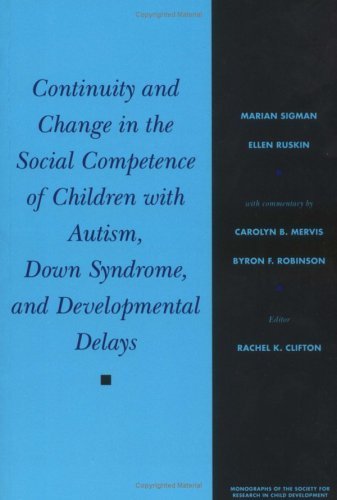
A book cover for Continuity and Change in the Social Competence of Children With Autism, Down Syndrome, and Developmental Delays (Monographs of the Society for Research) by Sigman, Marian, Ruskin, Ron (1999) Paperback; Health, Fitness & Dieting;